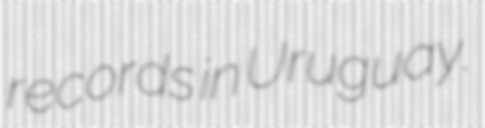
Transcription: records in Uruguay.